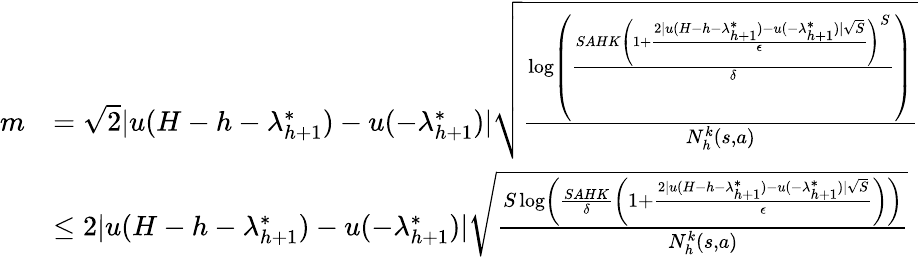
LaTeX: \begin{array}{rl}{m}&{=\sqrt{2}\vert u(H-h-\lambda_{h+1}^{*})-u(-\lambda_{h+1}^{*})\vert\sqrt{\frac{\log\left(\frac{SAHK\left(1+\frac{2\vert u(H-h-\lambda_{h+1}^{*})-u(-\lambda_{h+1}^{*})\vert\sqrt{S}}{\epsilon}\right)^{S}}{\delta}\right)}{N_{h}^{k}(s,a)}}}\\ &{\leq 2\vert u(H-h-\lambda_{h+1}^{*})-u(-\lambda_{h+1}^{*})\vert\sqrt{\frac{S\log\left(\frac{SAHK}{\delta}\left(1+\frac{2\vert u(H-h-\lambda_{h+1}^{*})-u(-\lambda_{h+1}^{*})\vert\sqrt{S}}{\epsilon}\right)\right)}{N_{h}^{k}(s,a)}}}\end{array}